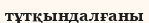
тұтқындалғаны